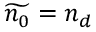
\widetilde { n _ { 0 } } = n _ { d }